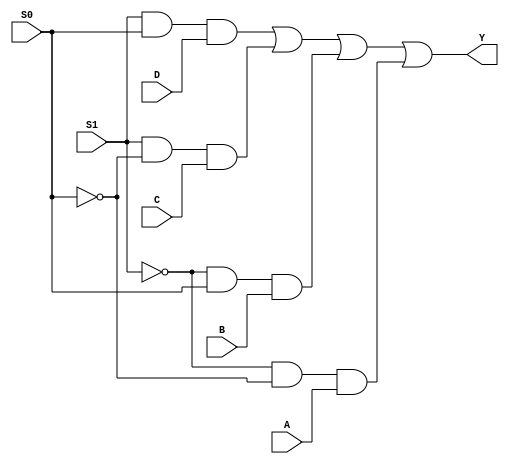
module mux_4to1 (
    input A,
    input B,
    input C,
    input D,
    input S0,
    input S1,
    output Y
);

assign Y = (S1 & S0 & D) | (S1 & ~S0 & C) | (~S1 & S0 & B) | (~S1 & ~S0 & A);

endmodule